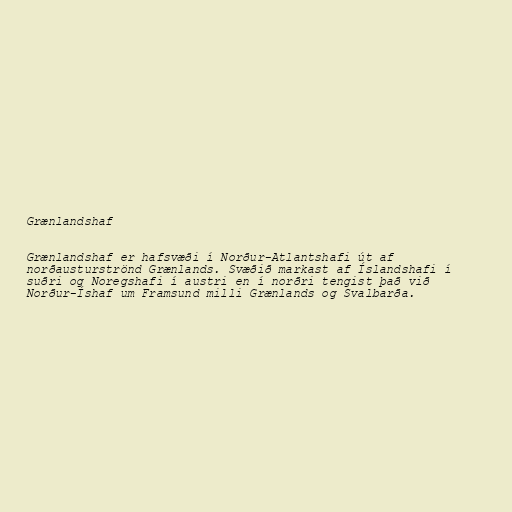
Grænlandshaf

Grænlandshaf er hafsvæði í Norður-Atlantshafi út af
norðausturströnd Grænlands. Svæðið markast af Íslandshafi í
suðri og Noregshafi í austri en í norðri tengist það við
Norður-Íshaf um Framsund milli Grænlands og Svalbarða.